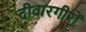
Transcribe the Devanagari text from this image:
दीवारगीरों